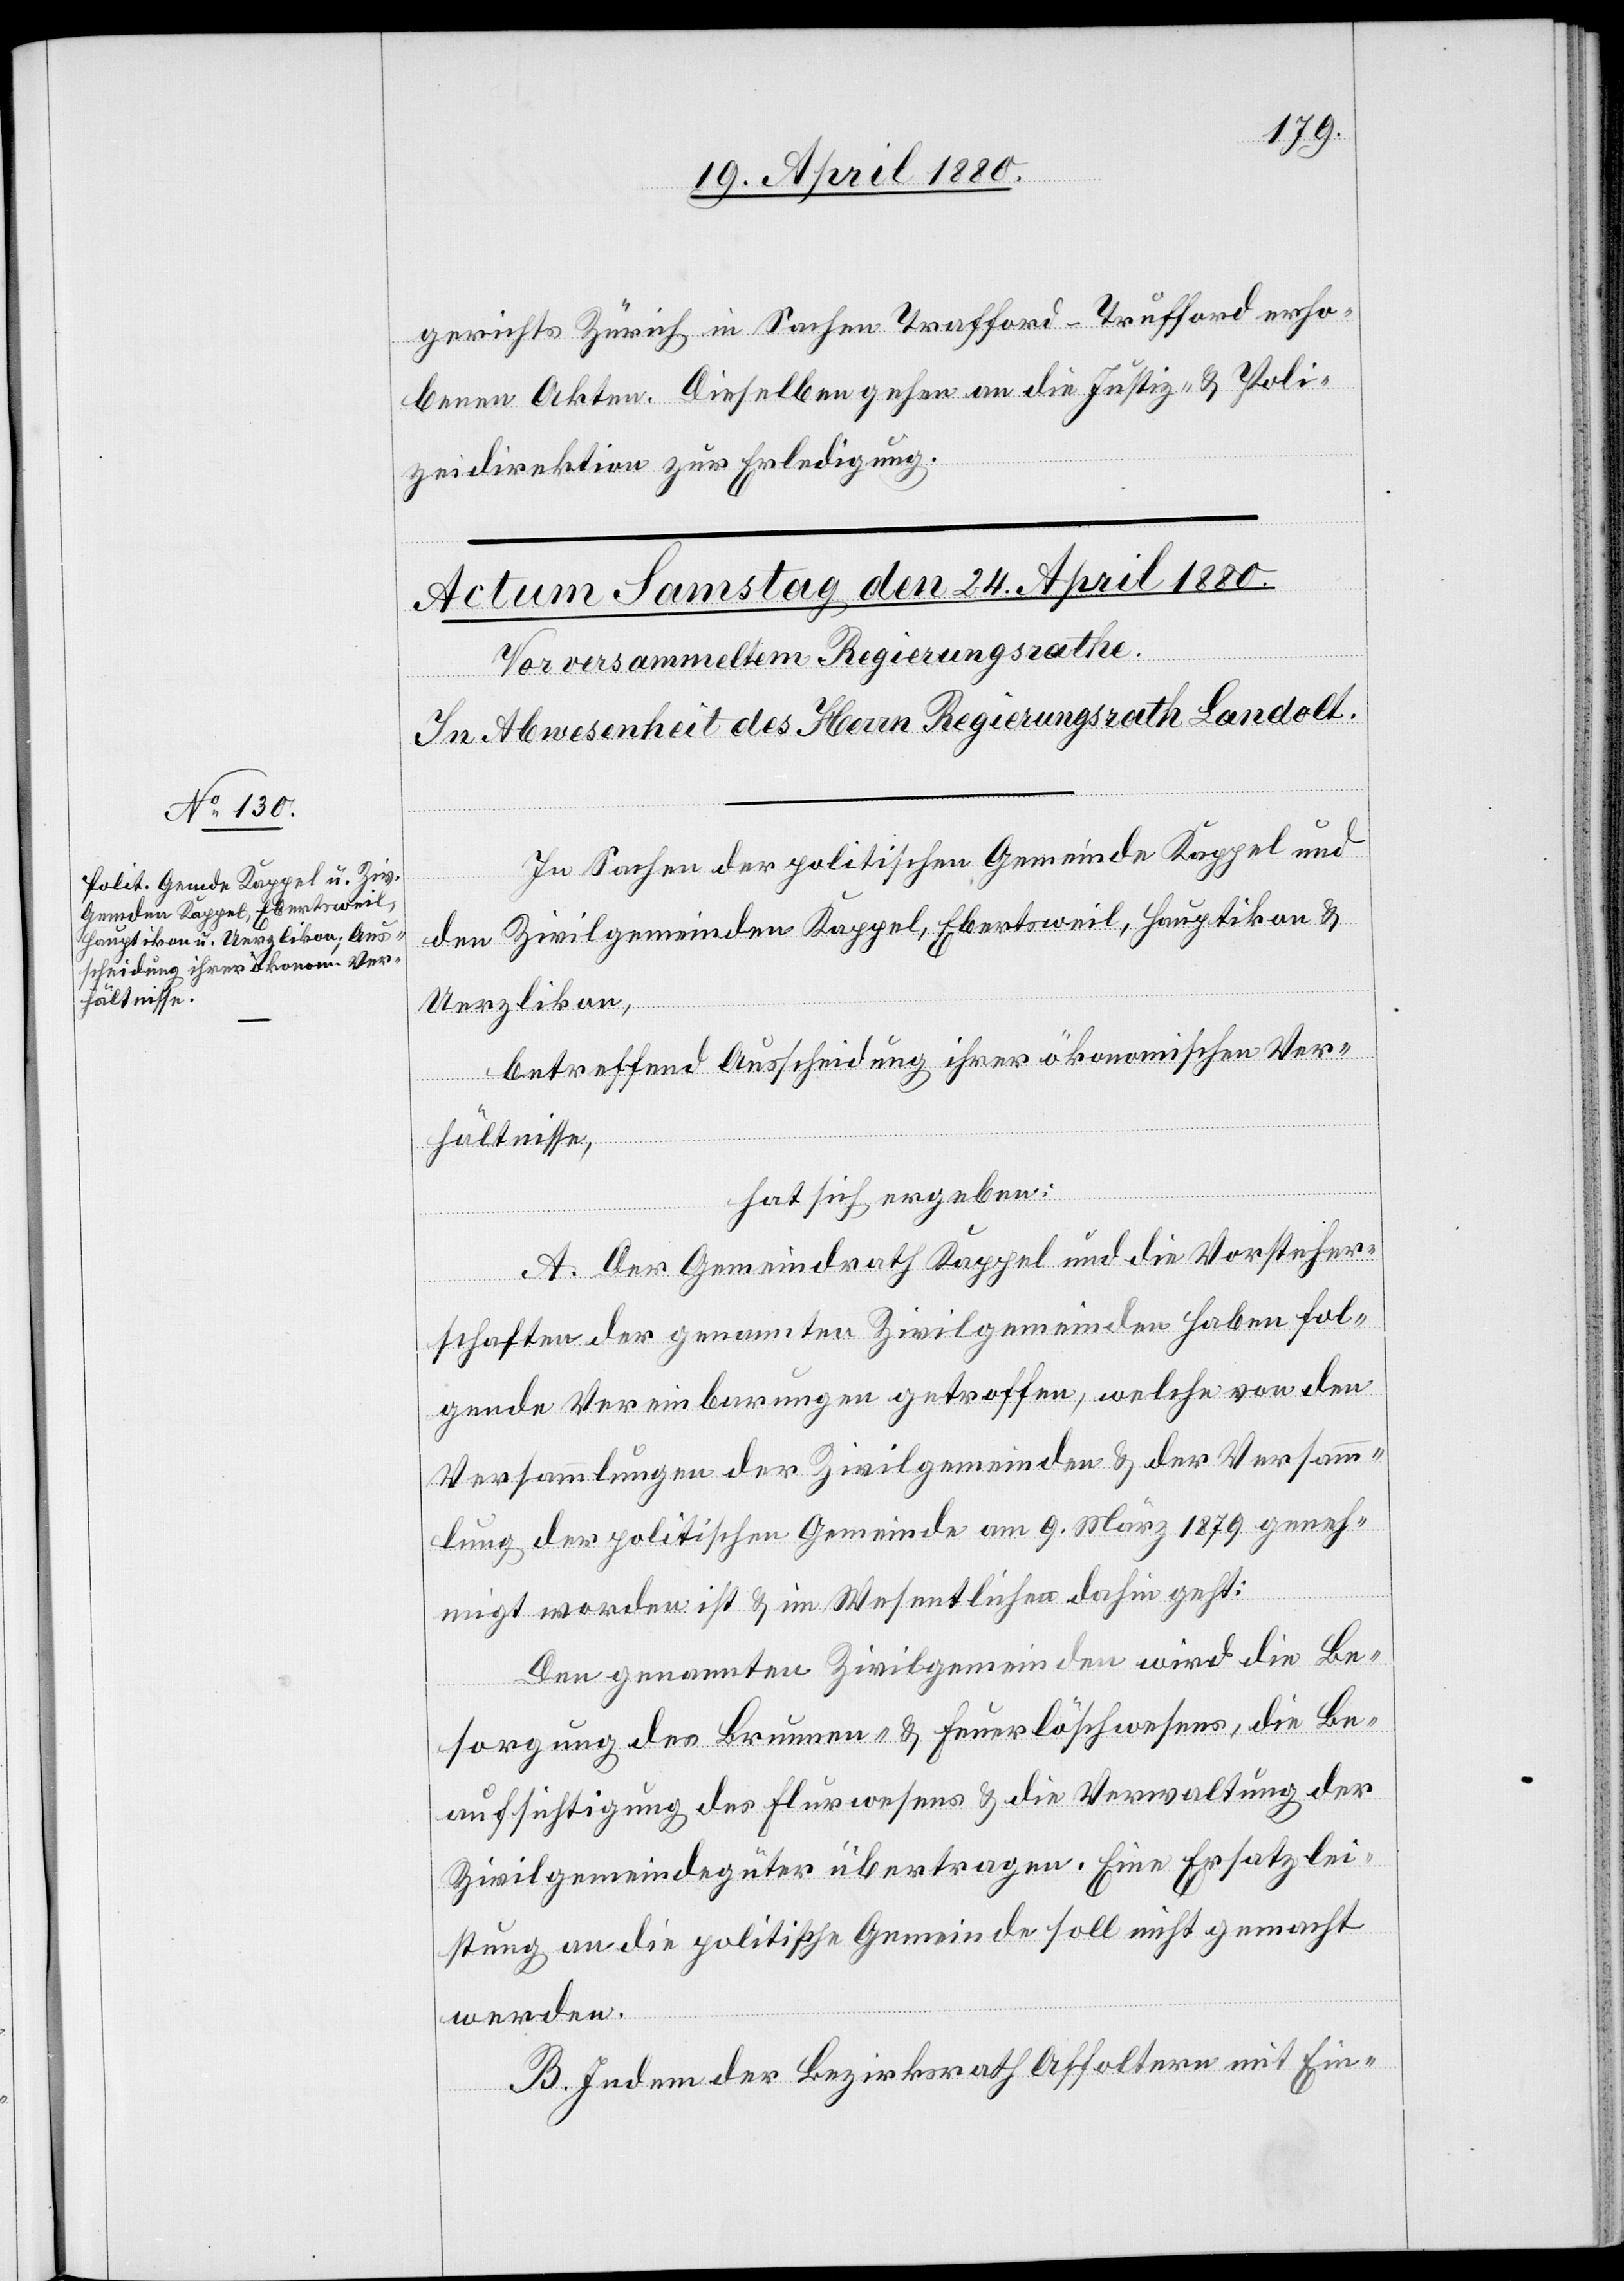
gerichts Zürich in Sachen Trafford-Trufford erho¬
benen Akten. Dieselben gehen an die Justiz- & Poli¬
zeidirektion zur Erledigung.
In Sachen der politischen Gemeinde Kappel und
den Zivilgemeinden Kappel, Ebertsweil, Hauptikon &
Uerzlikon,
betreffend Ausscheidung ihrer ökonomischen Ver¬
hältnisse,
hat sich ergeben:
A. Der Gemeindrath Kappel und die Vorsteher¬
schaften der genannten Zivilgemeinden haben fol¬
gende Vereinbarungen getroffen, welche von den
Versammlungen der Zivilgemeinden & der Versamm¬
lung der politischen Gemeinde am 9. März 1879 geneh¬
migt worden ist & im Wesentlichen dahin geht:
Den genannten Zivilgemeinden wird die Be¬
sorgung des Brunnen- & Feuerlöschwesens, die Be¬
aufsichtigung des Flurwesens & die Verwaltung der
Zivilgemeindegüter übertragen. Eine Ersatzlei¬
stung an die politische Gemeinde soll nicht gemacht
werden.
B. Indem der Bezirksrath Affoltern mit Ein-